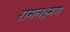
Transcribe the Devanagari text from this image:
रामलक्ष्मण